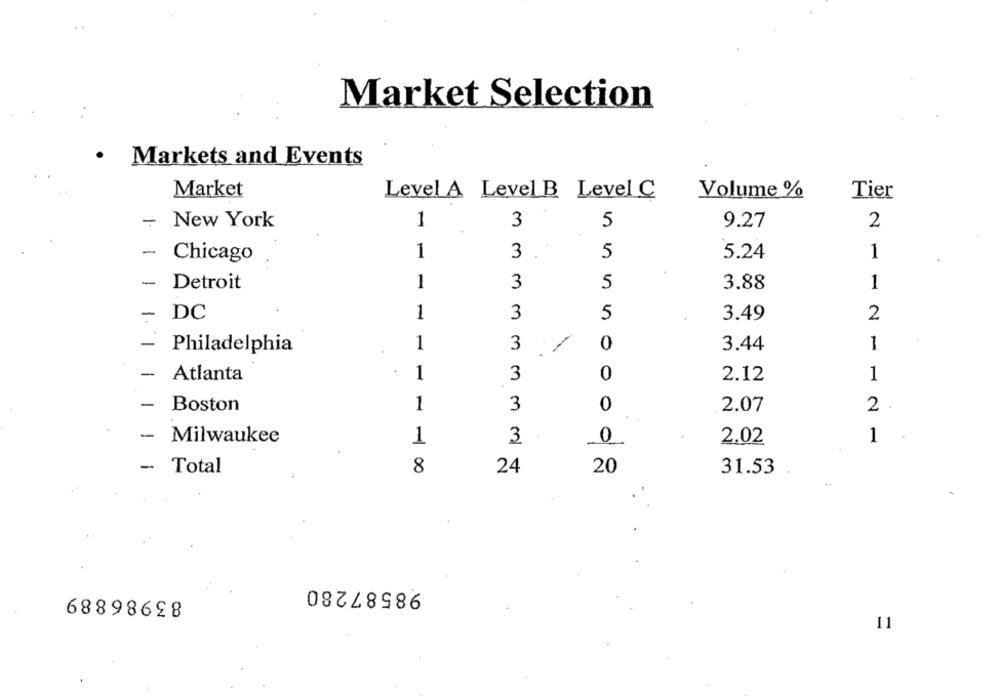
Market Selection
Markets and Events
Market
Level A Level B Level C
Volume %
Tier
-
1
3
5
2
New York
9.27
-
1
3
5
5.24
1
Chicago
-
Detroit
1
3
5
3.88
1
3
- DC
1
5
3.49
2
-
1
3
0
3.44
1
Philadelphia
-
1
3
0
1
Atlanta
2.12
-
Boston
1
3
0
2.07
2
- Milwaukee
0
1
1
3
2.02
8
24
20
31.53
Total
98587280
83986889
11